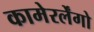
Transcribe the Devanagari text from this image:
कामेरर्लेंगो